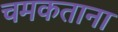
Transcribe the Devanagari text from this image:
चमकताना